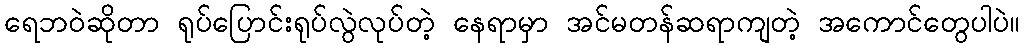
ရေဘဝဲဆိုတာ ရုပ်ပြောင်းရုပ်လွဲလုပ်တဲ့ နေရာမှာ အင်မတန်ဆရာကျတဲ့ အကောင်တွေပါပဲ။